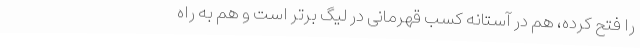
را فتح کرده، هم در آستانه کسب قهرمانی در لیگ برتر است و هم به راه